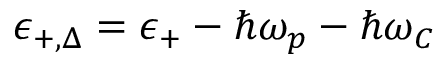
\epsilon _ { + , \Delta } = \epsilon _ { + } - \hbar \omega _ { p } - \hbar \omega _ { C }